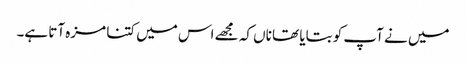
میں نے آپ کو بتایا تھا ناں کہ مجھے اس میں کتنا مزہ آتا ہے۔